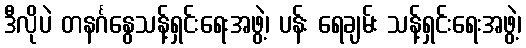
ဒီလိုပဲ တနင်္ဂနွေသန့်ရှင်းရေးအဖွဲ့၊ ပန်း ရေချမ်း သန့်ရှင်းရေးအဖွဲ့၊